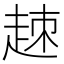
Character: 𧻕